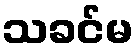
သခင်မ